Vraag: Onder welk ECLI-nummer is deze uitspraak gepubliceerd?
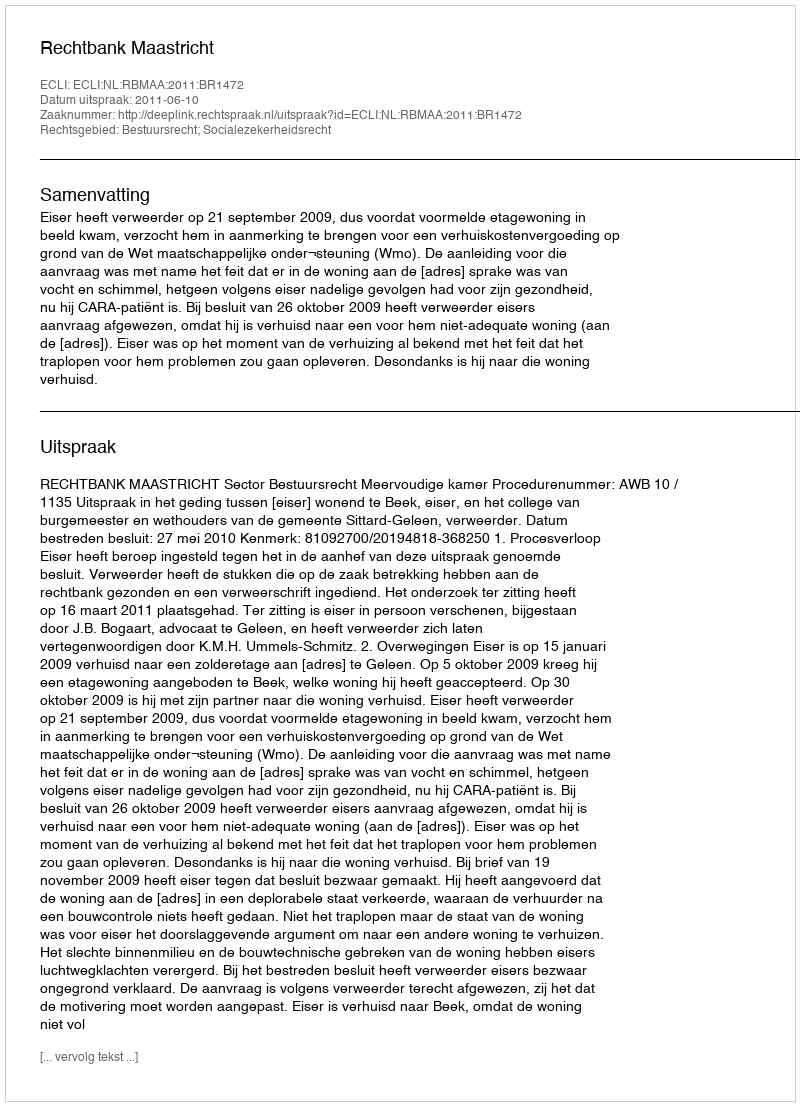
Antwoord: ECLI:NL:RBMAA:2011:BR1472